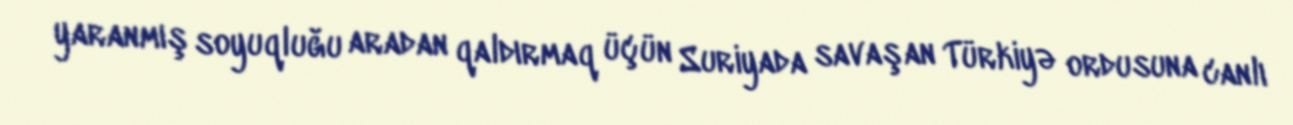
yaranmış soyuqluğu aradan qaldırmaq üçün Suriyada savaşan Türkiyə ordusuna canlı